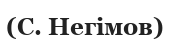
(С. Негімов)